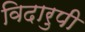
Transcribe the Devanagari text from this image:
विदारुपी